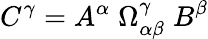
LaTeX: C^{\gamma}=A^{\alpha}\; \Omega_{\alpha\beta}^{\gamma}\; B^{\beta}